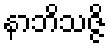
နာဘိသဇ္ဇိ